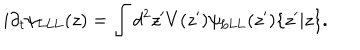
i \partial _ { t } \psi _ { \mathrm { L L L } } ( z ) = \int d ^ { 2 } z ^ { \prime } V ( z ^ { \prime } ) \psi _ { \mathrm { L L L } } ( z ^ { \prime } ) \{ z ^ { \prime } | z \} .